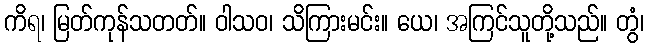
ကိရ၊ မြတ်ကုန်သတတ်။ ဝါသဝ၊ သိကြားမင်း။ ယေ၊ အကြင်သူတို့သည်။ တွံ၊